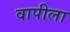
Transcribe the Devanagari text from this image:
वापीला